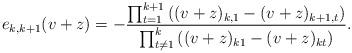
LaTeX: \begin{align*}e_{k,k+1}(v+z)=-\displaystyle\frac{\prod_{t=1}^{k+1}\left((v+z)_{k,1}-(v+z)_{k+1,t}\right)}{\prod_{t \neq 1}^{k}\left((v+z)_{k1}-(v+z)_{kt}\right)}.\end{align*}